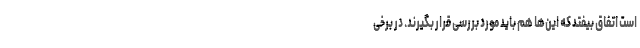
است اتفاق بیفتد که این‌ها هم باید مورد بررسی قرار بگیرند. در برخی